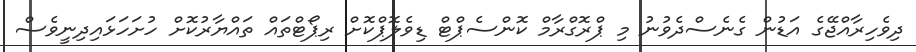
ދިވެހިރާއްޖޭގެ އަޑުން ގެނެސްދެވުނު މި ޕްރޮގްރާމް ކޮންސެޕްޓް ޑިވެލޮޕްކޮށް ރިޕޯޓްތައް ތައްޔާރުކޮށް ހުށަހަޅައިދިނީވެސް